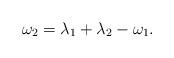
LaTeX: \begin{align*} \omega_2=\lambda_1 +\lambda_2 -\omega_1. \end{align*}